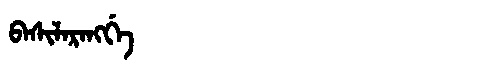
Manchu: ᠪᠠᠰᡳᠯᠠᡵᠠᠩᡤᡝ
Romanization: BASILARANGGE